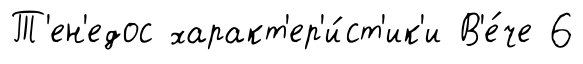
Т'ен'едос характ'ер'и́ст'ик'и В'е́че 6